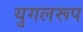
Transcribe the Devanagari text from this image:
युगलरूप